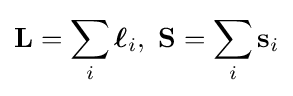
\mathbf {L} =\sum _{i}{\boldsymbol {\ell }}_{i},\ \mathbf {S} =\sum _{i}\mathbf {s} _{i}